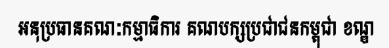
អនុប្រធានគណៈកម្មាធិការ គណបក្សប្រជាជនកម្ពុជា ខណ្ឌ